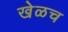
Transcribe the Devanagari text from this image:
खेळच